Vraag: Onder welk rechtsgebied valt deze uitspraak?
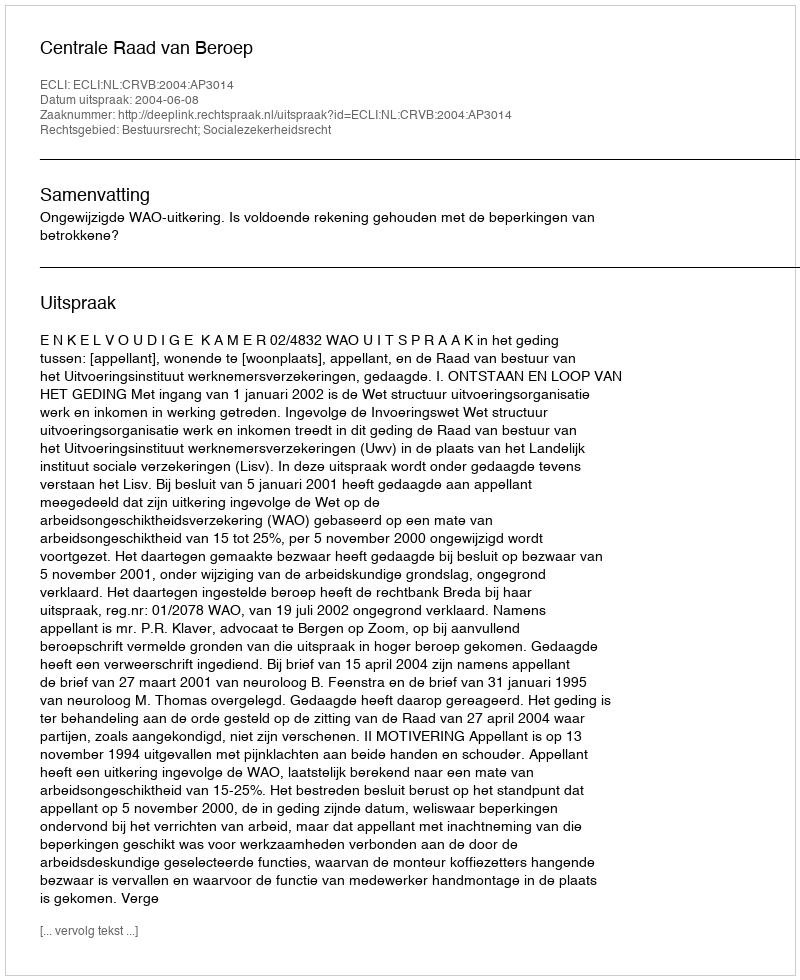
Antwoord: Bestuursrecht; Socialezekerheidsrecht